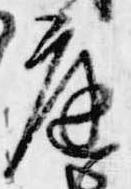
庭